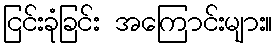
ငြင်းခုံခြင်း အကြောင်းများ။